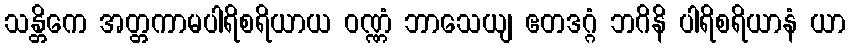
သန္တိကေ အတ္တကာမပါရိစရိယာယ ဝဏ္ဏံ ဘာသေယျ ဧတဒဂ္ဂံ ဘဂိနိ ပါရိစရိယာနံ ယာ